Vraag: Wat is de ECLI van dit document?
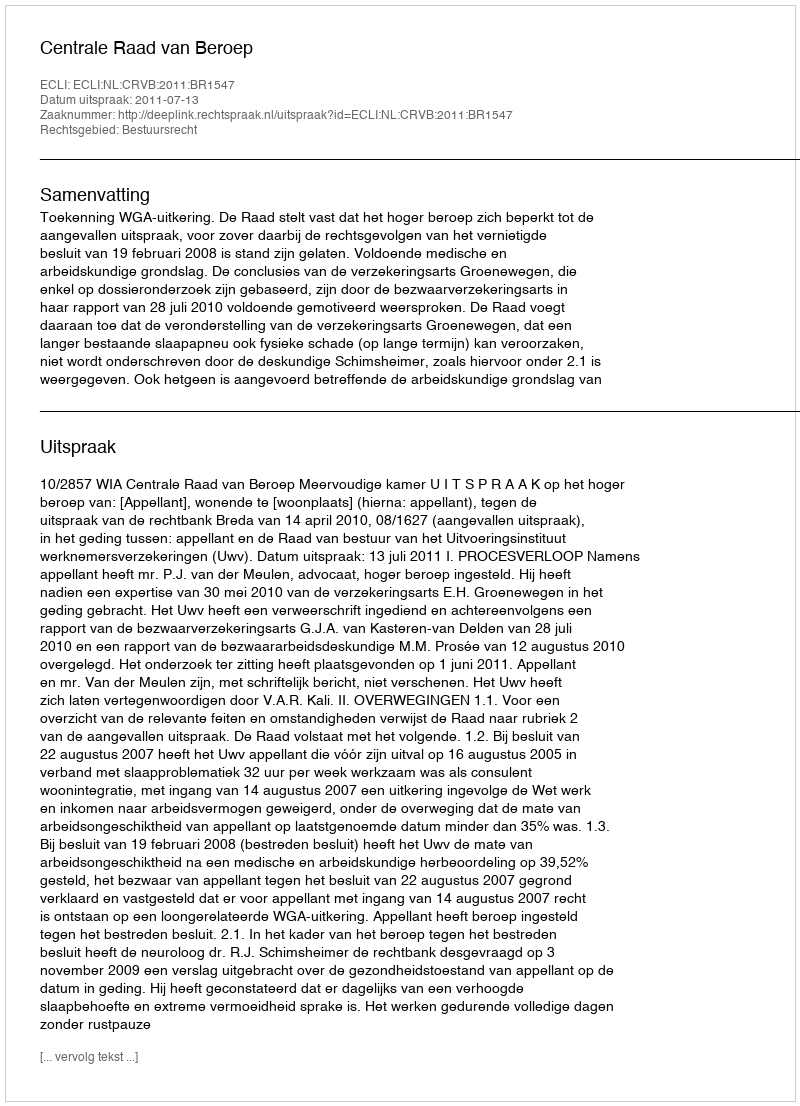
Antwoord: ECLI:NL:CRVB:2011:BR1547